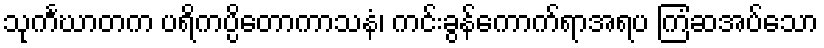
သုင်္ကဃာတက ပရိကပ္ပိတောကာသနံ၊ ကင်းခွန်ကောက်ရာအရပ ကြံဆအပ်သော